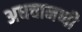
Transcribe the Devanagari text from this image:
अधचानणी